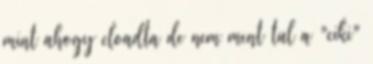
mint ahogy eloadta de nem ment tul a "ciki"